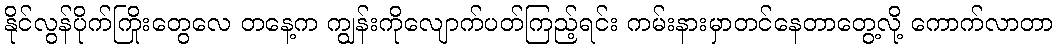
နိုင်လွန်ပိုက်ကြိုးတွေလေ တနေ့က ကျွန်းကိုလျောက်ပတ်ကြည့်ရင်း ကမ်းနားမှာတင်နေတာတွေ့လို့ ကောက်လာတာ